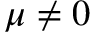
\mu \ne 0